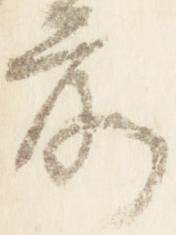
前